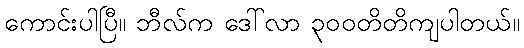
ကောင်းပါပြီ။ ဘီလ်က ဒေါ်လာ ၃၀၀တိတိကျပါတယ်။